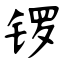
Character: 锣